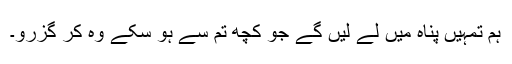
ہم تمہیں پناہ میں لے لیں گے جو کچھ تم سے ہو سکے وہ کر گزرو۔